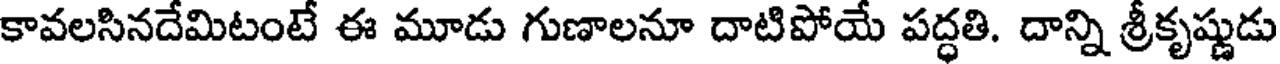
కావలసినదేమిటంటే ఈ మూడు గుణాలనూ దాటిపోయే పద్ధతి. దాన్ని శ్రీకృష్ణుడు